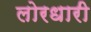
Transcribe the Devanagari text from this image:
लोरधारी